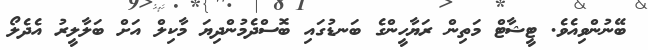
ބޭނުންވިއެވެ. ޓީޝާޓް މަތިން ރަޔާހީންގެ ބަނޑުގައި ބޮސްދެމުންދިޔަ މާކިލް އަށް ބަލާލީރު އެދެލޯ